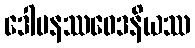
ဒေါမနဿဝေဒနိယဿ